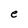
Character: e